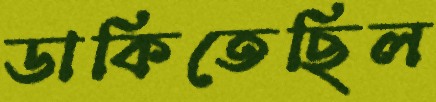
ডাকিতেছিল